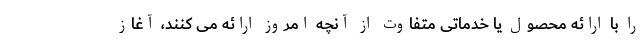
را با ارائه محصول یا خدماتی متفاوت از آنچه امروز ارائه می کنند، آغاز